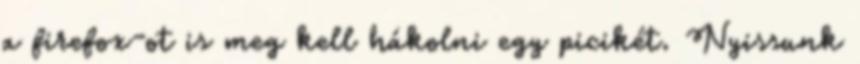
a firefox-ot is meg kell hákolni egy picikét. Nyissunk